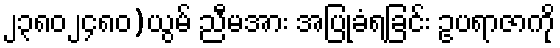
၂၃၈၀၂၄၈၀)ယွမ် ညီမအား အပြုခံရခြင်း ဥပရာဇာကို